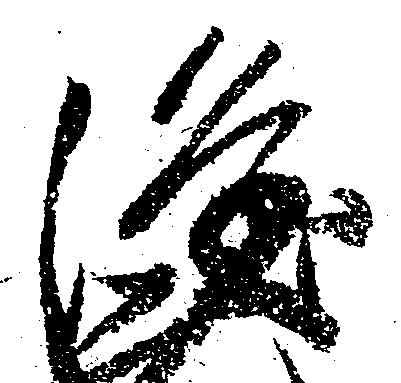
隆